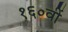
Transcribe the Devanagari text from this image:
१६०वीं